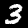
Digit: 3